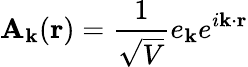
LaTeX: \mathbf{A}_{\mathbf{k}}(\mathbf{r})={\frac{1}{\sqrt{V}}}e_{\mathbf{k}}e^{i\mathbf{k}\cdot\mathbf{r}}